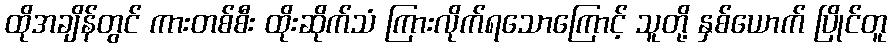
ထိုအချိန်တွင် ကားတစ်စီး ထိုးဆိုက်သံ ကြားလိုက်ရသောကြောင့် သူတို့ နှစ်ယောက် ပြိုင်တူ